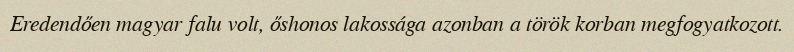
Eredendően magyar falu volt, őshonos lakossága azonban a török korban megfogyatkozott.